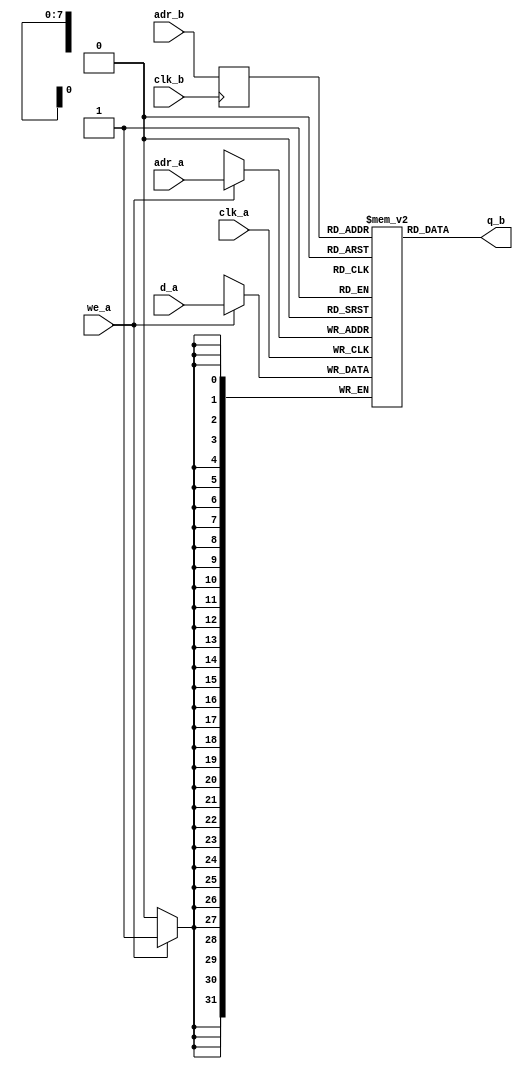
module vfifo_dual_port_ram_dc_sw
  (
   d_a,
   adr_a, 
   we_a,
   clk_a,
   q_b,
   adr_b,
   clk_b
   );
   parameter DATA_WIDTH = 32;
   parameter ADDR_WIDTH = 8;
   input [(DATA_WIDTH-1):0]      d_a;
   input [(ADDR_WIDTH-1):0] 	 adr_a;
   input [(ADDR_WIDTH-1):0] 	 adr_b;
   input 			 we_a;
   output [(DATA_WIDTH-1):0] 	 q_b;
   input 			 clk_a, clk_b;
   reg [(ADDR_WIDTH-1):0] 	 adr_b_reg;
   reg [DATA_WIDTH-1:0] ram [(1<<ADDR_WIDTH)-1:0] /*synthesis syn_ramstyle = "no_rw_check"*/;
   always @ (posedge clk_a)
   if (we_a)
     ram[adr_a] <= d_a;
   always @ (posedge clk_b)
   adr_b_reg <= adr_b;   
   assign q_b = ram[adr_b_reg];
endmodule